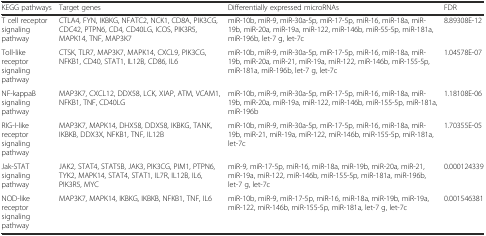
<table><thead><tr><td><b>KEGG pathways</b></td><td><b>Target genes</b></td><td><b>Differentially expressed microRNAs</b></td><td><b>FDR</b></td></tr></thead><tbody><tr><td>T cell receptor signaling pathway</td><td>CTLA4, FYN, IKBKG, NFATC2, NCK1, CD8A, PIK3CG, CDC42, PTPN6, CD4, CD40LG, ICOS, PIK3R5, MAPK14, TNF, MAP3K7</td><td>miR-10b, miR-9, miR-30a-5p, miR-17-5p, miR-16, miR-18a, miR-19b, miR-20a, miR-19a, miR-122, miR-146b, miR-55-5p, miR-181a, miR-196b, let-7 g, let-7c</td><td>8.89308E-12</td></tr><tr><td>Toll-like receptor signaling pathway</td><td>CTSK, TLR7, MAP3K7, MAPK14, CXCL9, PIK3CG, NFKB1, CD40, STAT1, IL12B, CD86, IL6</td><td>miR-10b, miR-9, miR-30a-5p, miR-17-5p, miR-16, miR-18a, miR-19b, miR-20a, miR-21, miR-19a, miR-122, miR-146b, miR-155-5p, miR-181a, miR-196b, let-7 g, let-7c</td><td>1.04578E-07</td></tr><tr><td>NF-kappaB signaling pathway</td><td>MAP3K7, CXCL12, DDX58, LCK, XIAP, ATM, VCAM1, NFKB1, TNF, CD40LG</td><td>miR-10b, miR-9, miR-30a-5p, miR-17-5p, miR-16, miR-18a, miR-19b, miR-20a, miR-19a, miR-122, miR-146b, miR-155-5p, miR-181a, miR-196b</td><td>1.18108E-06</td></tr><tr><td>RIG-I-like receptor signaling pathway</td><td>MAP3K7, MAPK14, DHX58, DDX58, IKBKG, TANK, IKBKB, DDX3X, NFKB1, TNF, IL12B</td><td>miR-10b, miR-9, miR-30a-5p, miR-17-5p, miR-16, miR-18a, miR-19b, miR-21, miR-19a, miR-122, miR-146b, miR-155-5p, miR-181a, let-7c</td><td>1.70355E-05</td></tr><tr><td>Jak-STAT signaling pathway</td><td>JAK2, STAT4, STAT5B, JAK3, PIK3CG, PIM1, PTPN6, TYK2, MAPK14, STAT4, STAT1, IL7R, IL12B, IL6, PIK3R5, MYC</td><td>miR-9, miR-17-5p, miR-16, miR-18a, miR-19b, miR-20a, miR-21, miR-19a, miR-122, miR-146b, miR-155-5p, miR-181a, miR-196b, let-7 g, let-7c</td><td>0.000124339</td></tr><tr><td>NOD-like receptor signaling pathway</td><td>MAP3K7, MAPK14, IKBKG, IKBKB, NFKB1, TNF, IL6</td><td>miR-10b, miR-9, miR-17-5p, miR-16, miR-18a, miR-19b, miR-19a, miR-122, miR-146b, miR-155-5p, miR-181a, let-7 g, let-7c</td><td>0.001546381</td></tr></tbody></table>